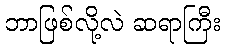
ဘာဖြစ်လို့လဲ ဆရာကြီး